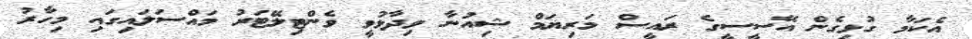
އެކަމާ ގުޅިގެން އޭސީސީގެ ރައީސް މަރިޔަމް ޝިއުނާ ވިދާޅުވީ ވެންޓިލޭޓަރު މައްސަލައިގައި މިހާރު